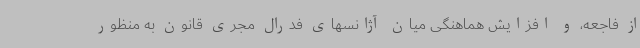
از فاجعه، و افزایش هماهنگی میان آژانسهای فدرال مجری قانون به منظور